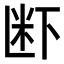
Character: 𮇊